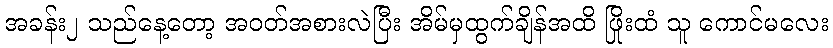
အခန်း၂ သည်နေ့တော့ အဝတ်အစားလဲပြီး အိမ်မှထွက်ချိန်အထိ ဖြိုးထံ သူ ကောင်မလေး